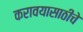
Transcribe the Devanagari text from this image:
करावयासाठीचे